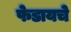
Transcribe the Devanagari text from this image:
फेडायचे